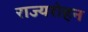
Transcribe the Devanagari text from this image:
राज्यरोहन